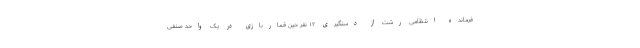
فرمانده انتظامی رشت از دستگیری ۱۲ نفر حین قماربازی در یک واحد صنفی